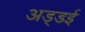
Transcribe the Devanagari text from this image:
अड्डई